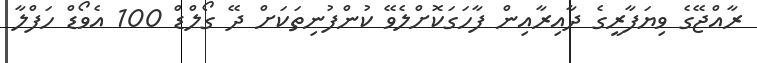
ރާއްޖޭގެ ވިޔަފާރީގެ ދާއިރާއިން ފާހަގަކޮށްލެވޭ ކުންފުނިތަކަށް ދޭ ގޯލްޑް 100 އެވޯޑް ހަފްލާ